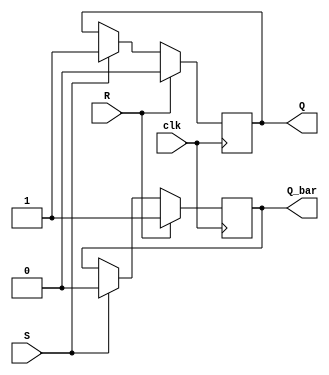
module SR_Latch (
    input S,
    input R,
    input clk,
    output reg Q,
    output reg Q_bar
);

always @(posedge clk) begin
    if (R) begin
        Q <= 0;
        Q_bar <= 1;
    end else if (S) begin
        Q <= 1;
        Q_bar <= 0;
    end
end

endmodule